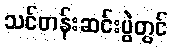
သင်တန်းဆင်းပွဲတွင်